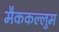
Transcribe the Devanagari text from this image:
मैककल्लुम